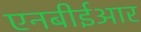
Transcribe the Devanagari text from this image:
एनबीईआर